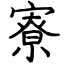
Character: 寮